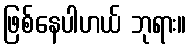
ဖြစ်နေပါဟယ် ဘုရား။